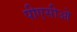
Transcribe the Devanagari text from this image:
पीएसीओ